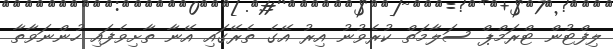
ލިފްޓުން ޓްރަމްޕް ސަލާމަތް ކުރެވުނު އިރު އޭގެ ތެރޭގައި އޭނާ ތާށިވެފައި ހުންނަވާތާ